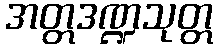
အတ္တဒဏ္ဍသုတ္တ